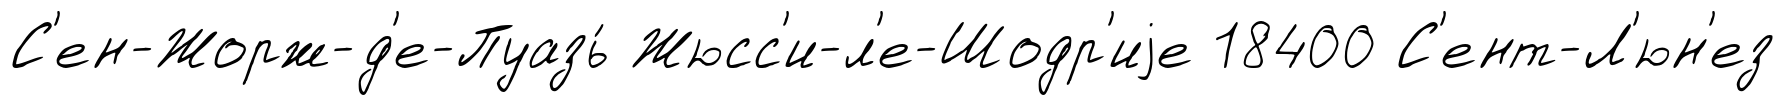
С'ен-Жорж-д'е-Пуазь́ Жюсс'и-л'е-Шодр'иjе 18400 С'ент-Л'юн'ез